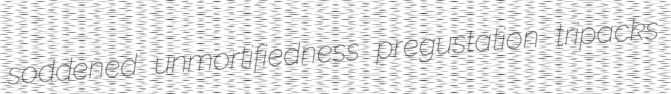
soddened unmortifiedness pregustation tripacks